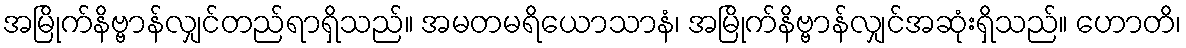
အမြိုက်နိဗ္ဗာန်လျှင်တည်ရာရှိသည်။ အမတမရိယောသာနံ၊ အမြိုက်နိဗ္ဗာန်လျှင်အဆုံးရှိသည်။ ဟောတိ၊